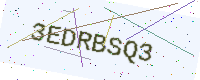
Text: 3EDRBSQ3